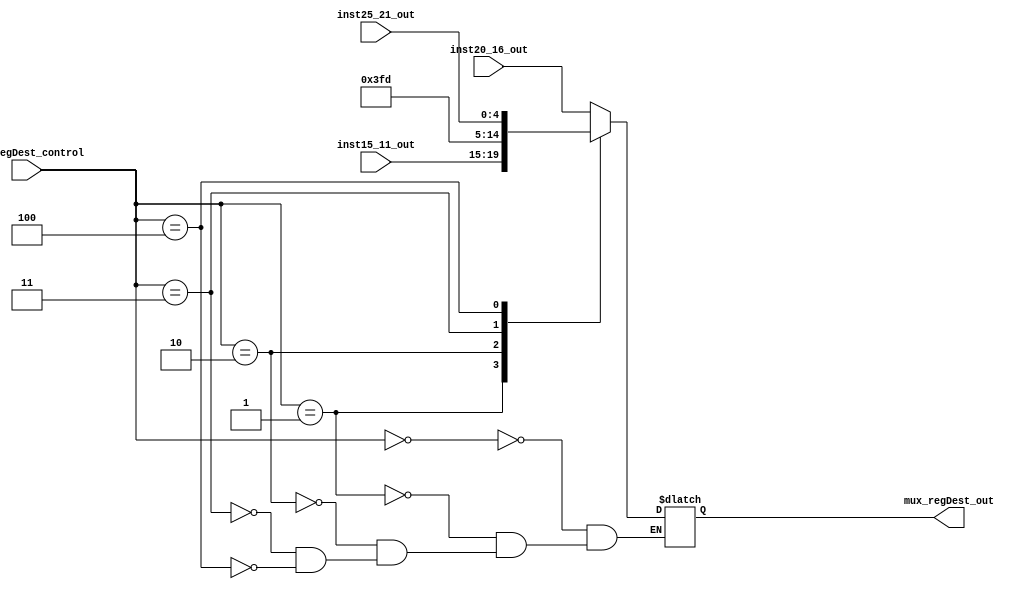
module mux_regDest(
    input wire  [2:0]  mux_regDest_control,
    input wire [25:21] inst25_21_out,
    input wire  [20:16] inst20_16_out,
    input wire  [15:11] inst15_11_out,
    output reg [4:0] mux_regDest_out
);

always @(*) begin
    case (mux_regDest_control)
         
        3'b000 : mux_regDest_out <= inst20_16_out;
        3'b001 : mux_regDest_out <= inst15_11_out;
        3'b010 : mux_regDest_out <= 5'd31;
        3'b011 : mux_regDest_out <= 5'd29;
        3'b100 : mux_regDest_out <= inst25_21_out;
        
    endcase
end
    
endmodule